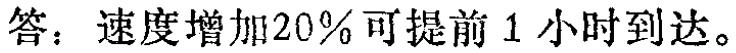
答：速度增加20%可提前1小时到达。